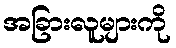
အခြားလူများကို